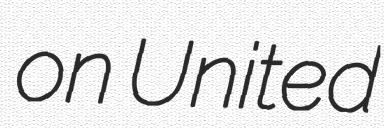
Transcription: on United